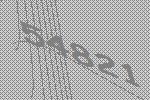
54821